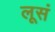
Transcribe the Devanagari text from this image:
लूसं